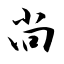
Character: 尚